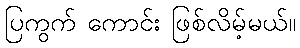
ပြကွက် ကောင်း ဖြစ်လိမ့်မယ်။